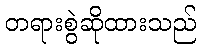
တရားစွဲဆိုထားသည်